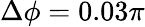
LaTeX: \Delta\phi=0.03\pi